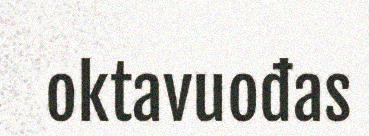
oktavuođas